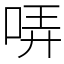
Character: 哢